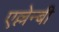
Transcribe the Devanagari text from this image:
एल्लेन्बी